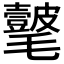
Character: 𣰺